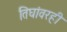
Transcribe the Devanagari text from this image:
तिघांवरही